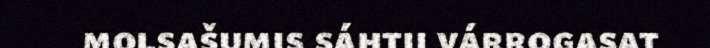
molsašumis sáhtii várrogasat